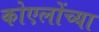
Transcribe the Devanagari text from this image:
कोएलोंच्या